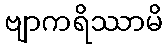
ဗျာကရိဿာမိ